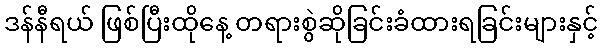
ဒန်နီရယ် ဖြစ်ပြီးထိုနေ့ တရားစွဲဆိုခြင်းခံထားရခြင်းများနှင့်